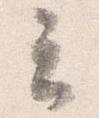
云